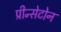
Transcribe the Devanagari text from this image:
प्रीन्सेटोन